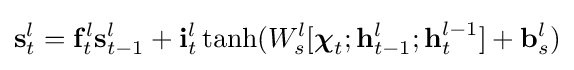
\mathbf {s} _{t}^{l}=\mathbf {f} _{t}^{l}\mathbf {s} _{t-1}^{l}+\mathbf {i} _{t}^{l}\tanh(W_{s}^{l}[{\boldsymbol {\chi }}_{t};\mathbf {h} _{t-1}^{l};\mathbf {h} _{t}^{l-1}]+\mathbf {b} _{s}^{l})